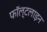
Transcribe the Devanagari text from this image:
फॉल्टलाइन